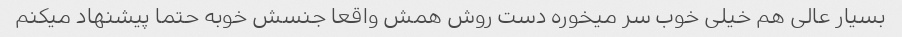
بسیار عالی هم خیلی خوب سر میخوره دست روش همش واقعا جنسش خوبه حتما پیشنهاد میکنم